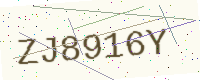
Text: ZJ8916Y